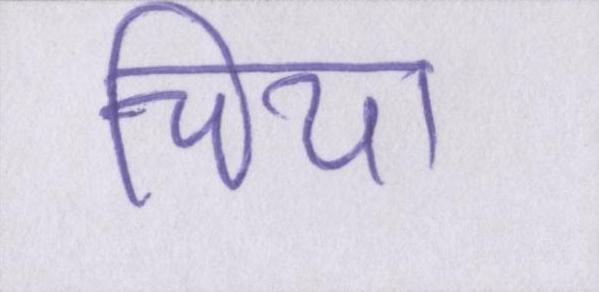
चिया